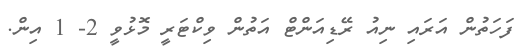
ފަހަތުން އަރައި ނިއު ރޭޑިއަންޓް އަތުން ވިކްޓަރީ މޮޅުވީ 2- 1 އިން.